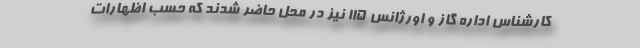
کارشناس اداره گاز و اورژانس ۱۱۵ نیز در محل حاضر شدند که حسب اظهارات